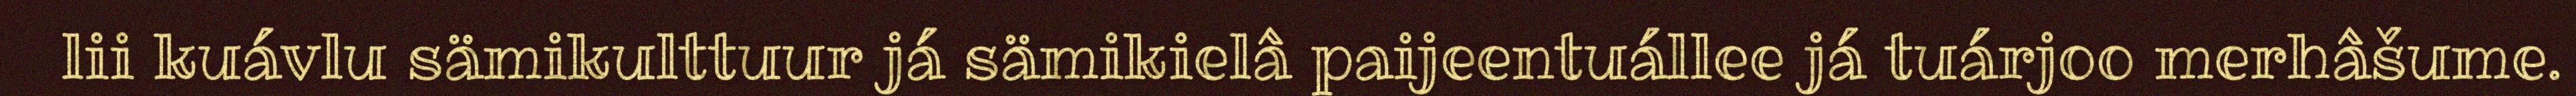
lii kuávlu sämikulttuur já sämikielâ paijeentuállee já tuárjoo merhâšume.